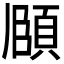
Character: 𮨈